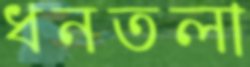
ধনতলা